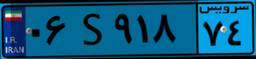
۶۳S۱۹۵۱۷